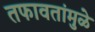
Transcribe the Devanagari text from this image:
तफावतांमुळे